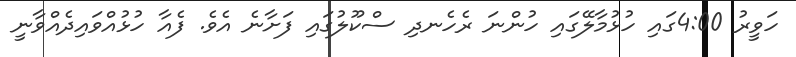
ހަވީރު 4:00ގައި ހުޅުމާލޭގައި ހުންނަ ރެހެނދި ސްކޫލުގައި ފަށާނެ އެވެ. ފެއާ ހުޅުއްވައިދެއްވާނީ